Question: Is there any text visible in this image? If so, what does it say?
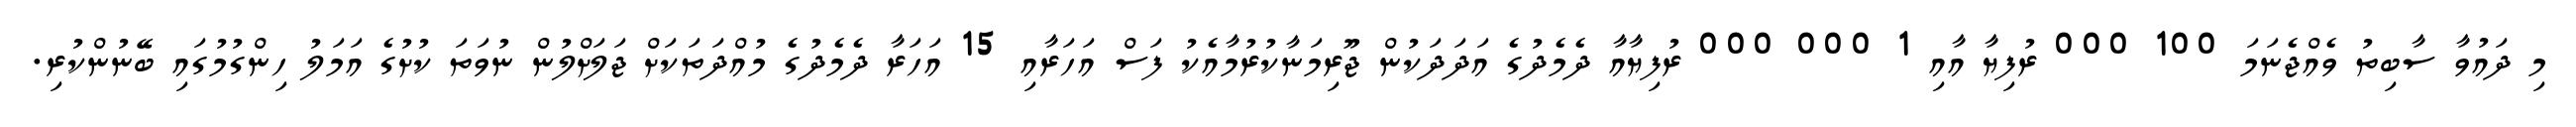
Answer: މި ދައުވާ ސާބިތު ވެއްޖެނަމަ 100 000 ރުފިޔާ އާއި 1 000 000 ރުފިޔާއާ ދެމެދުގެ އަދަދަކުން ޖޫރިމަނާކުރުމާއެކު ފަސް އަހަރާއި 15 އަހަރާ ދެމެދުގެ މުއްދަތަކަށް ޖަލަށްލުން ނުވަތަ ކުށުގެ އަމަލު ހިންގުމުގައި ބޭނުންކުރި.